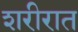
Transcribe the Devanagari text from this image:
शरीरात